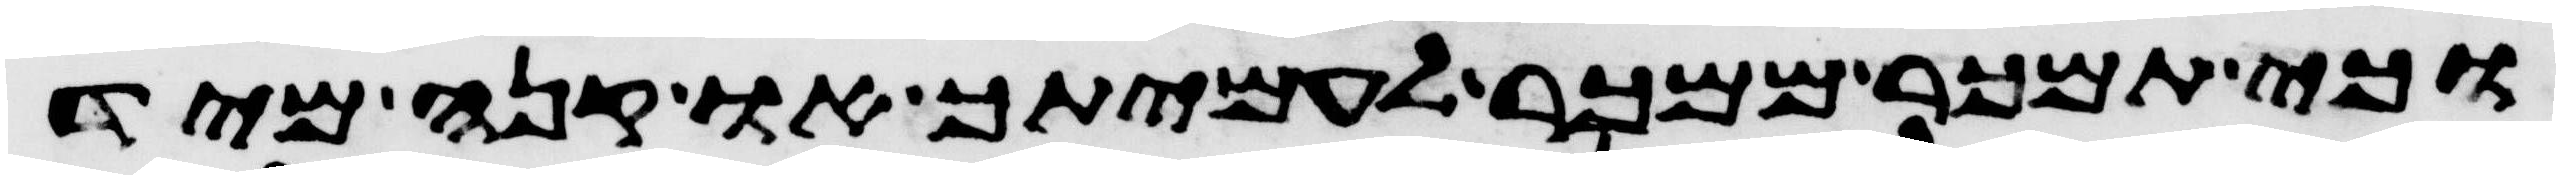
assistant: וכי תמכר ממכר לעמיתך או קנה מיד